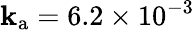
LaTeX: \mathbf{k}_{\mathrm{{a}}}=6.2\times10^{-3}